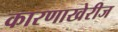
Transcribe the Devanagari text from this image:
कारणाखेरीज